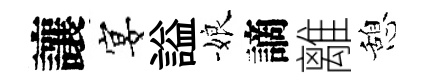
讓宴謚娘謫離憩